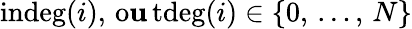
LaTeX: \operatorname{indeg}(i),\, \operatorname{o\mathbf{u}tdeg}(i)\in\{ 0,\, \dots,\, N\}